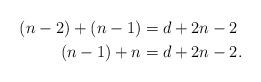
LaTeX: \begin{align*}(n-2)+(n-1)&=d+2n-2 \\(n-1)+n&=d+2n-2.\end{align*}